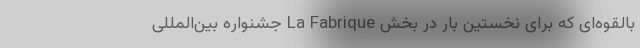
بالقوه‌ای که برای نخستین بار در بخش La Fabrique جشنواره بین‌المللی